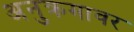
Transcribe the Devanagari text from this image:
अनुक्रमावर